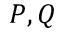
P , Q